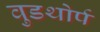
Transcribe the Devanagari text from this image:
वुडथोर्प